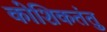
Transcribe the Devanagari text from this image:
कोशिकतंतु